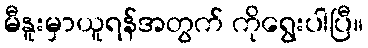
မီနူးမှာယူရန်အတွက် ကိုရွေးပါပြီ။